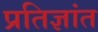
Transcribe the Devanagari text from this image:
प्रतिज्ञांत